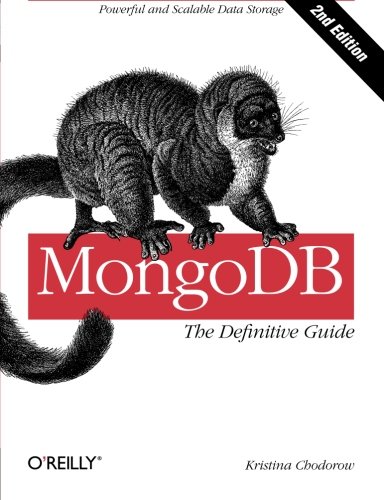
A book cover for MongoDB: The Definitive Guide; Kristina Chodorow; Computers & Technology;